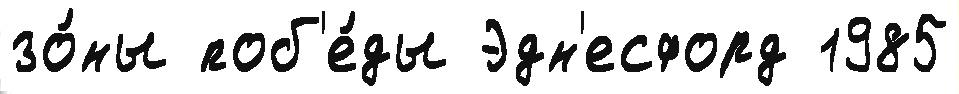
зо́ны поб'е́ды Эдн'есфорд 1985